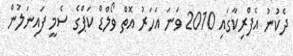
ދެކުނު އެފްރިކާގައި 2010 ވަނަ އަހަރު އޮތް ވޯލްޑް ކަޕްގެ ސެމީ ފައިނަލުން